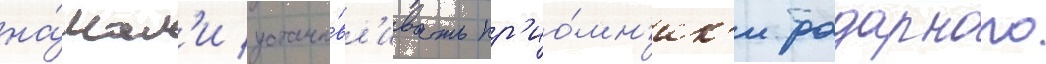
на́чал'и устана́вл'ивать пр'ио́мн'ик'и радарного